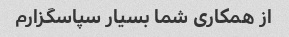
از همکاری شما بسیار سپاسگزارم